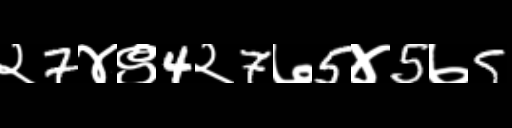
Text: २7४९4२7७5४5७5